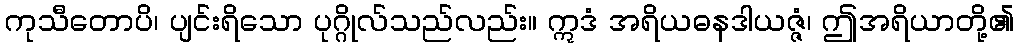
ကုသီတောပိ၊ ပျင်းရိသော ပုဂ္ဂိုလ်သည်လည်း။ ဣဒံ အရိယဓနဒါယဇ္ဇံ၊ ဤအရိယာတို့၏